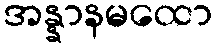
အန္နာနမထော